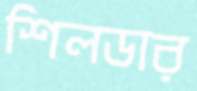
শিলডার